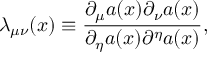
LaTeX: { \lambda } _ { { \mu } { \nu } } ( x ) \equiv \frac { { \partial } _ { \mu } a ( x ) { \partial } _ { \nu } a ( x ) } { { \partial } _ { \eta } a ( x ) { \partial } ^ { \eta } a ( x ) } ,